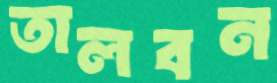
তালবন